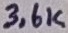
Text: 3,6K